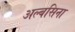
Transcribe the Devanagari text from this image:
अल्बसिना